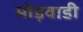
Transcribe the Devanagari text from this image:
मोड़वाडी